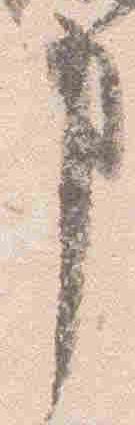
事